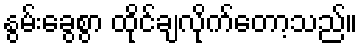
နွမ်းခွေစွာ ထိုင်ချလိုက်တော့သည်။